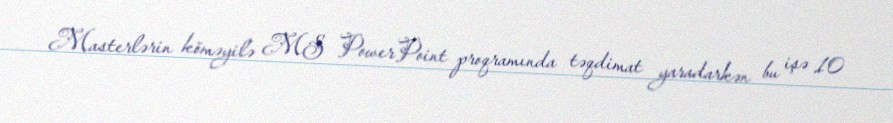
Masterlərin köməyilə MS PowerPoint proqramında təqdimat yaradarkən bu işə 10